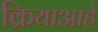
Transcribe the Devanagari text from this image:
क्रियाआहे